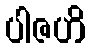
ပါဇဟိ